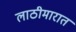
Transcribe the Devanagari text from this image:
लाठीमारात